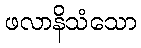
ဖလာနိသံသော